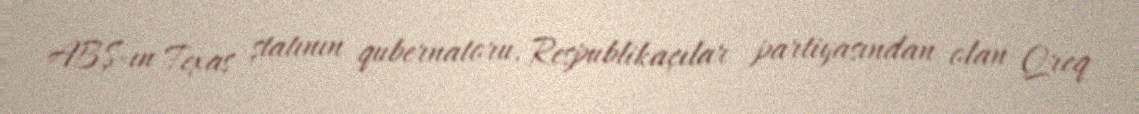
ABŞ-ın Texas ştatının qubernatoru, Respublikaçılar partiyasından olan Qreq